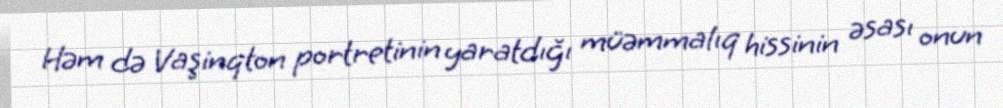
Həm də Vaşinqton portretinin yaratdığı müəmmalıq hissinin əsası onun